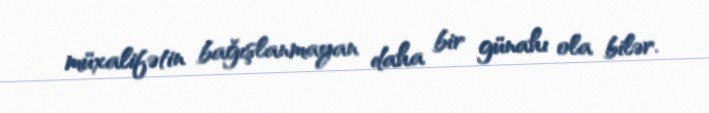
müxalifətin bağışlanmayan daha bir günahı ola bilər.